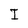
Character: I